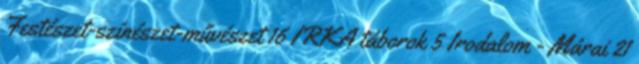
Festészet-színészet-művészet 16 IRKA táborok 5 Irodalom - Márai 21